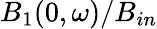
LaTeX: B_{1}(0,\omega)/B_{in}